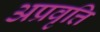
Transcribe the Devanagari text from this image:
अप्रवृत्ति